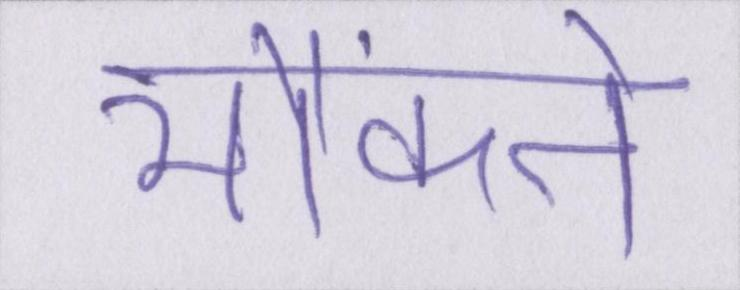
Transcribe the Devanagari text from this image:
भौंकने